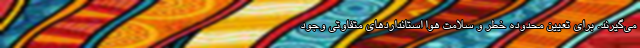
می‌گیرند. برای تعیین محدوده خطر و سلامت هوا استانداردهای متفاوتی وجود